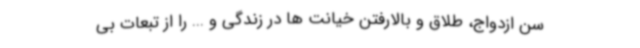
سن ازدواج، طلاق و بالارفتن خیانت ها در زندگی و ... را از تبعات بی